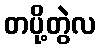
တပို့တွဲလ